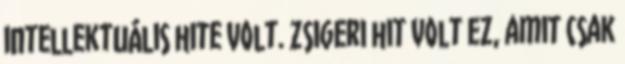
intellektuális hite volt. Zsigeri hit volt ez, amit csak